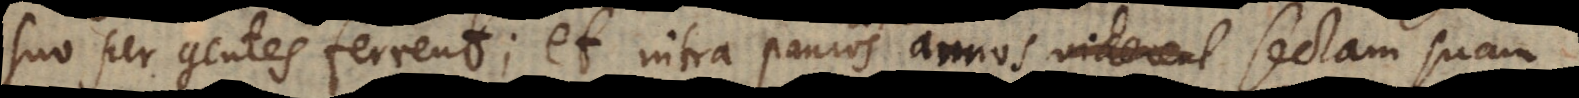
suo per gentes ferrent; et intra paucos annos sectam suam